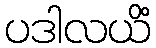
ပဒါလယိံ